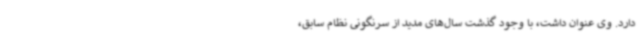
دارد. وی عنوان داشت، با وجود گذشت سال‌های مدید از سرنگونی نظام سابق،